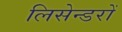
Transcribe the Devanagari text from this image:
लिसेन्डरों